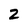
Character: 2